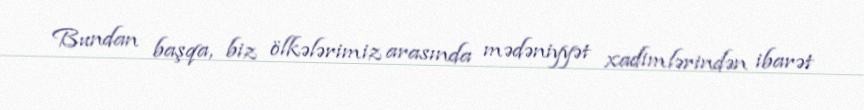
Bundan başqa, biz ölkələrimiz arasında mədəniyyət xadimlərindən ibarət